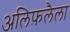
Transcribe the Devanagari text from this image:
अलिफ़लैला